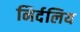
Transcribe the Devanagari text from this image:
निर्दलिय